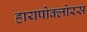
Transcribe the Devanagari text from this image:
हायपोक्लोरस